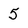
Character: 5